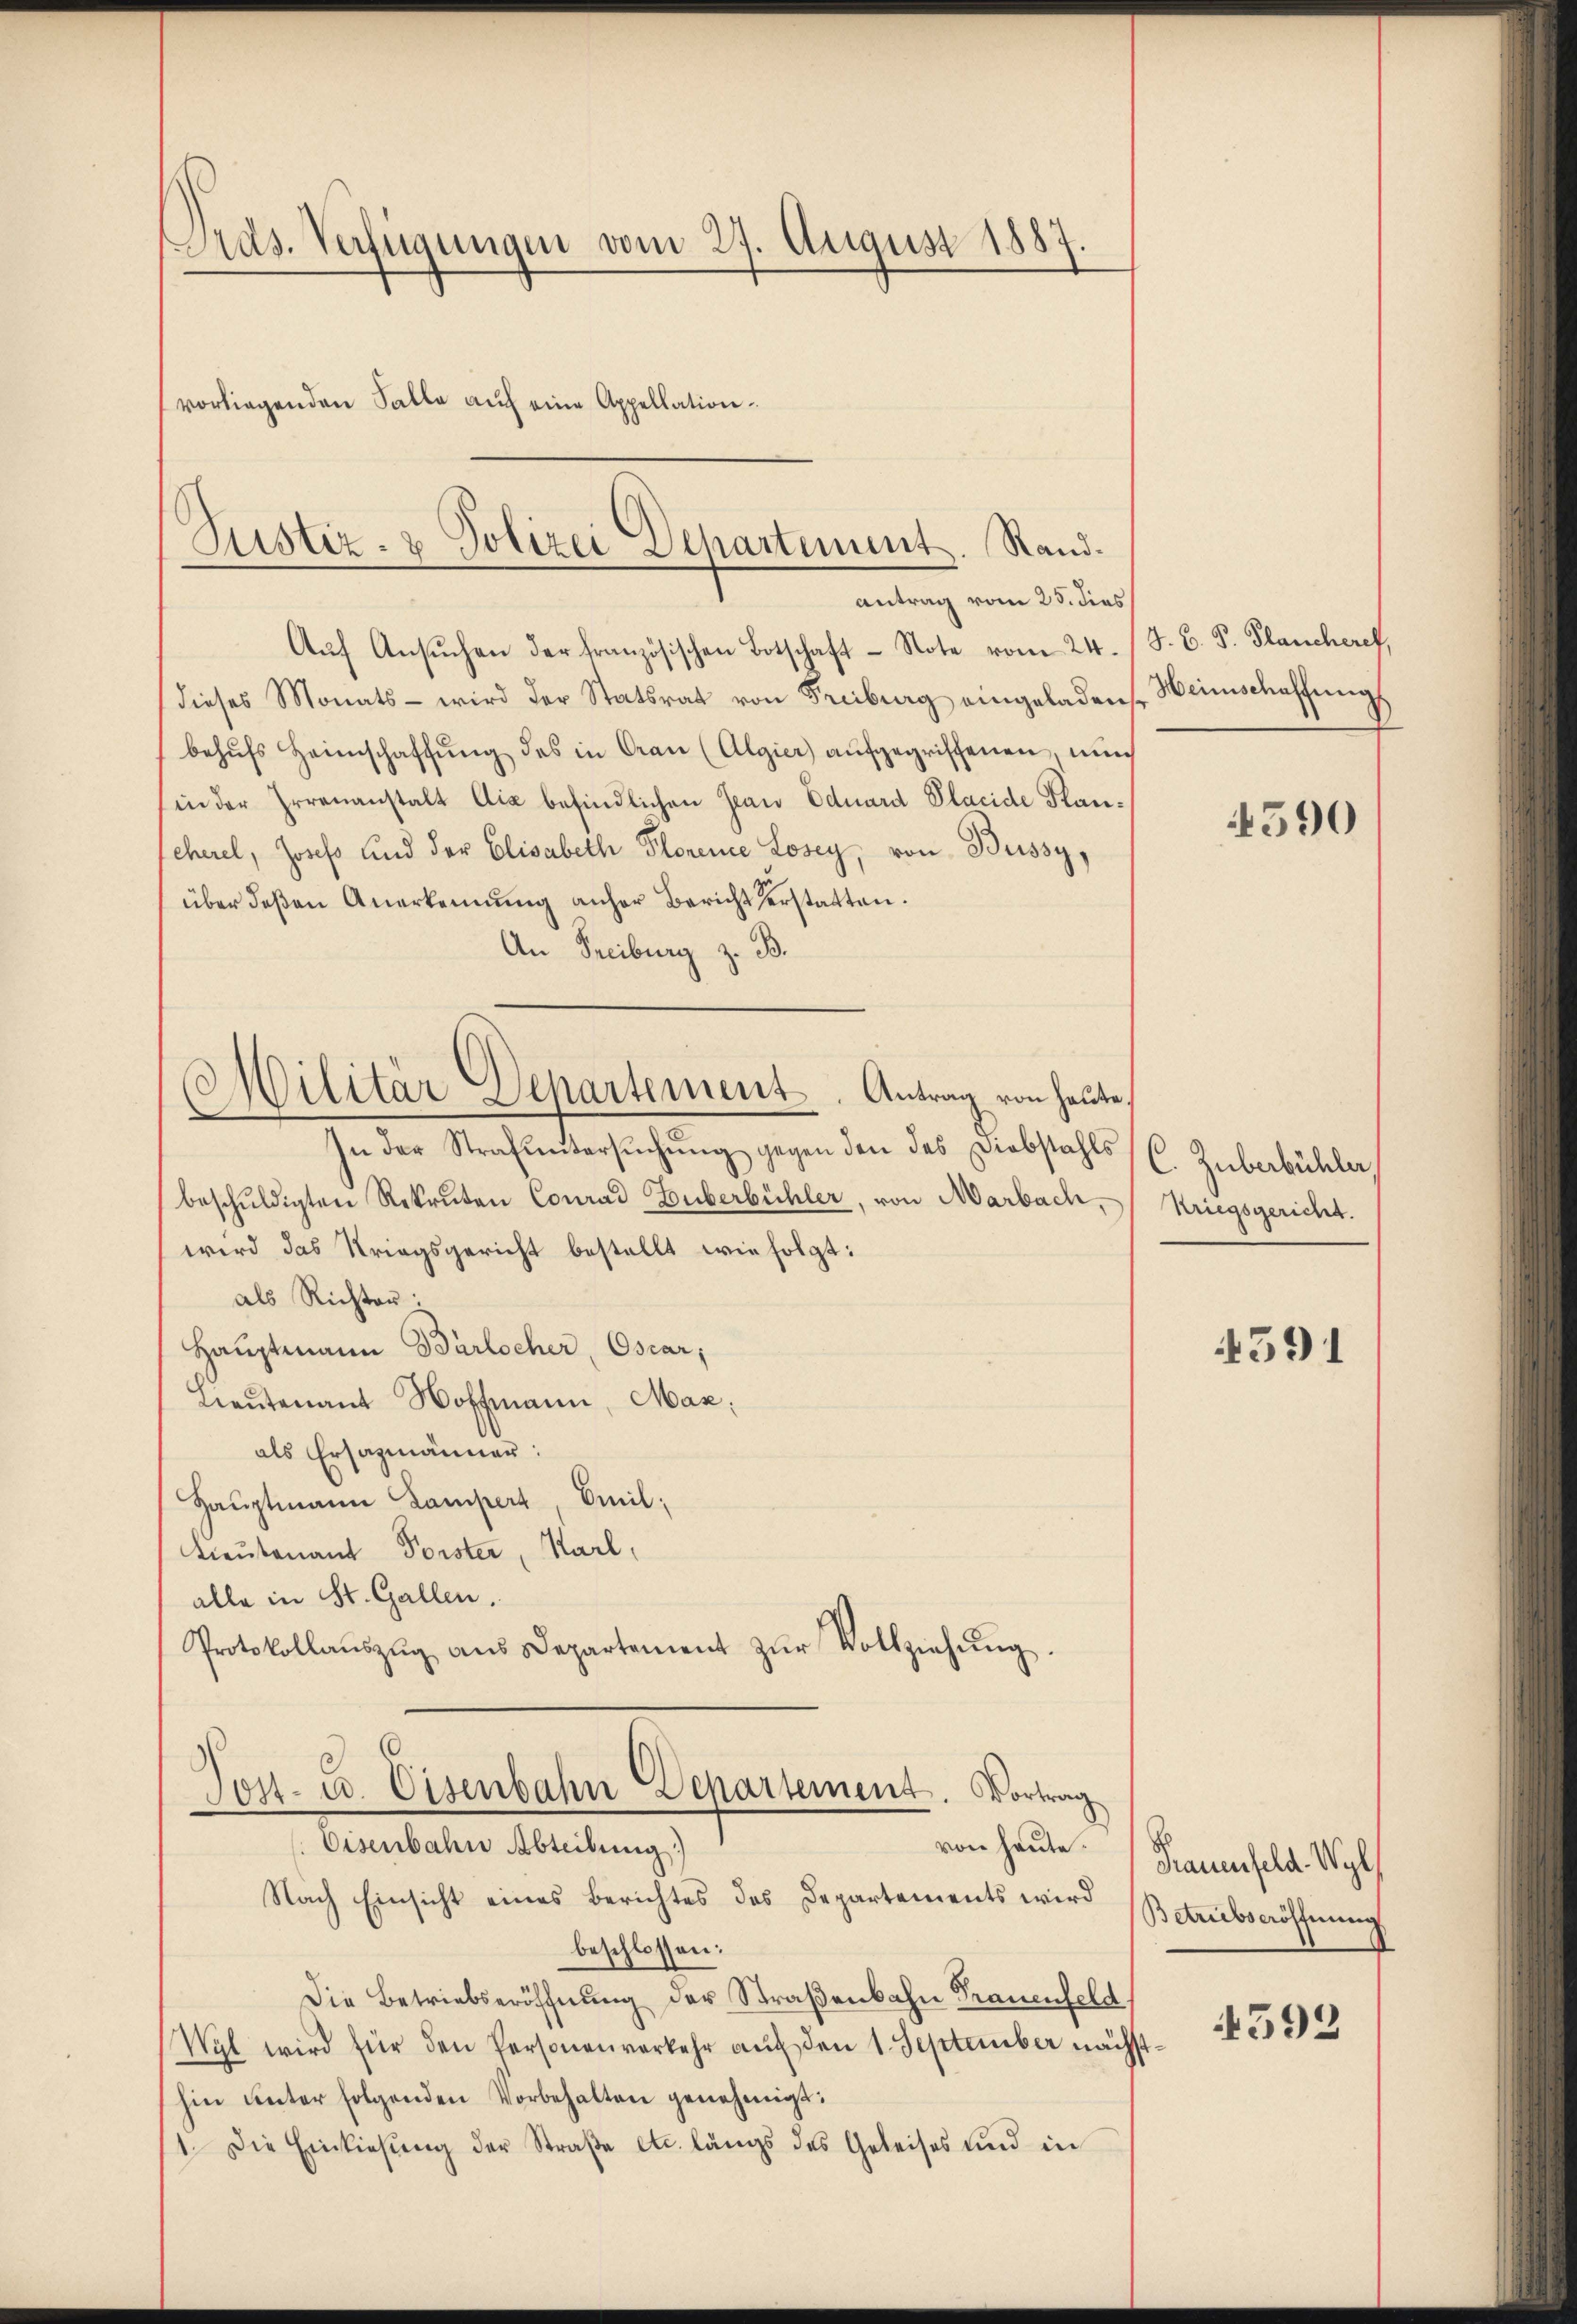
Präs. Verfügungen vom 27. August 1887.
vorliegenden Falle auf eine Appellation.

Justiz- & Polizei Departement. Rand¬
Antrag vom 25. dies

Aŭf Ansŭchen der französischen Botschaft-Note vom 24. / J. G. P. Plancheres,
dieses Monats- wird der Statsrat von Freiburg eingeladen,
behŭfs Heimschaffŭng des in Grau (Algier) aŭfgegriffenen, nun
(in der Irrenanstalt die befindlichen Jean Eduard Placide Hancherel, Josef und der Elisabeth Florene Losey, von Bussy,
über deβen Anerkennung anher Bericht erstatten.
An Freiburg z. B.
In der Strafŭntersŭchŭng gegen den des Diebstahls (C. Zuberkühler,
beschuldigten Rekruten Conrad Huberbühler, von Marbach,
wird das Kriegsgericht bestellt wie folgt:
als Richter:
Hauptmann Bärlocher, Oscar,
Lieŭtenant Hoffmann, Mar
als Ersazmänner:
Hauptmann Lampert, Emil;
Lieutenant Forster, Karl,
alle in St. Gallen.
Protokollaŭszŭg aŭs Departement zŭr Vollziehŭng
¬
Sost- u. Eisenbahn Departement. Vortrag
Eisenbahn Abteilung)
von heute.
Nach Einsicht eines Berichtes des Departements wird
beschlossen:
Die Betriebseröffnung der Straßenbahn Trauenfeld)
Wyl wird für den Personenverkehr auf den 1. September nächsthin unter folgenden Vorbehalten genehmigt:
1. Die Einkiesung der Straβe etc. längs des Geleises und in

Militär Departement. Antrag von heute,

Heimschaffung

590

Kriegsgericht.

4391

Praumfeld. Wyl
Betrübseröffnung

4592